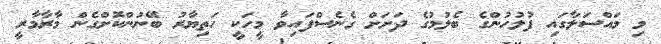
މި މައްސަލާގައި ފުލުހުންގެ ބެލުމުގެ ދަށަށް ގެނެސްފައިވާ މީހަކީ ހަތިޔާރު ބޭނުންކޮށްގެން މާރާމާރީ